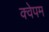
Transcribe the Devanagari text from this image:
क्वेपम